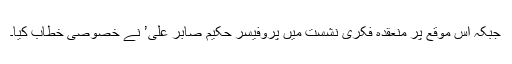
جبکہ اس موقع پر منعقدہ فکری نشست میں پروفیسر حکیم صابر علی’ نے خصوصی خطاب کیا۔